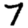
Digit: 7